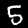
Label: 5